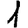
Digit: 1